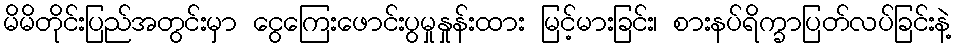
မိမိတိုင်းပြည်အတွင်းမှာ ငွေကြေးဖောင်းပွမှုနှုန်းထား မြင့်မားခြင်း၊ စားနပ်ရိက္ခာပြတ်လပ်ခြင်းနဲ့